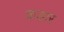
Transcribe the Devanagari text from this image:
कडार